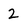
Character: 2